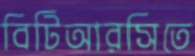
বিটিআরসিতে